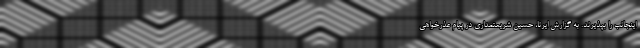
اینجانب را بپذیرند. به گزارش ایرنا، حسین شریعتمداری در پیام عذرخواهی